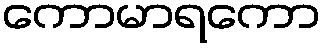
ကောမာရကော